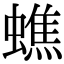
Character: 蟭